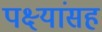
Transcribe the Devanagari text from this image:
पक्ष्यांसह